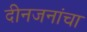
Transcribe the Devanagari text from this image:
दीनजनांचा